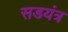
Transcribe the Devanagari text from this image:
सडयंत्र